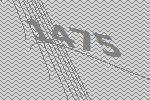
1475